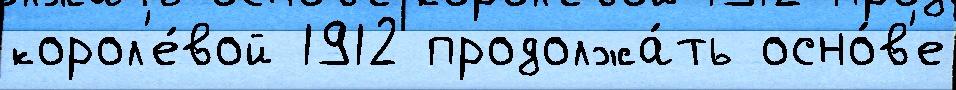
корол'е́вой 1912 продолжа́ть осно́в'е